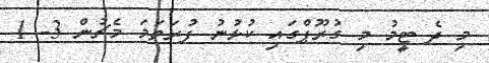
މި ދެ ޓީމު މި ގުރޫޕްގައި ކުޅުނު ފުރަތަމަ މެޗުން 3- 1